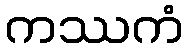
ကဿကံ